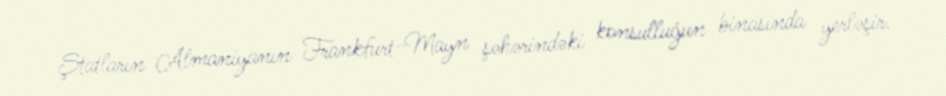
Ştatların Almaniyanın Frankfurt-Mayn şəhərindəki konsulluğun binasında yerləşir.